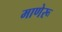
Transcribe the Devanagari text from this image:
माणेरू